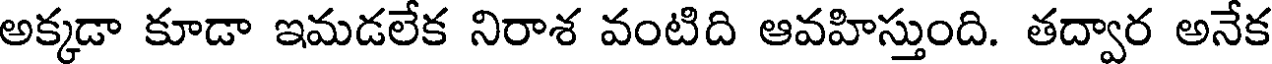
అక్కడా కూడా ఇమడలేక నిరాశ వంటిది ఆవహిస్తుంది. తద్వార అనేక